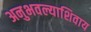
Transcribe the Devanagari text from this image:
अनुभवल्याशिवाय